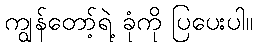
ကျွန်တော့်ရဲ့ ခုံကို ပြပေးပါ။